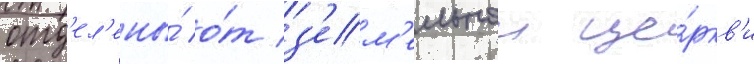
отд'ел'ены́ о́т з'ем'ельнои це́ркв'и